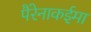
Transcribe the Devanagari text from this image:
पैरेनाकईमा